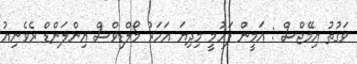
ވަގުތު އިމޭޖްސް : އަމީން ފަހުމީ މިދިޔަ އަހަރު މޯލްޑިވްސް އިންލަންޑް ރެވެނިއު